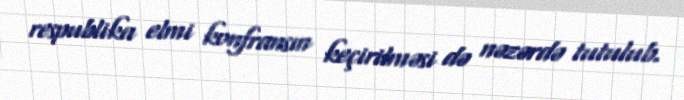
respublika elmi konfransın keçirilməsi də nəzərdə tutulub.